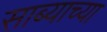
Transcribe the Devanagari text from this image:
साब्याच्या